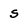
Character: s